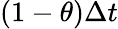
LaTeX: (1-\theta)\Delta t